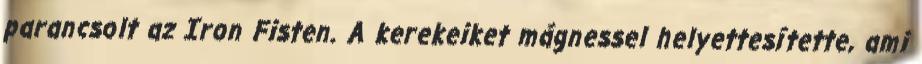
parancsolt az Iron Fisten. A kerekeiket mágnessel helyettesítette, ami